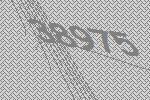
38975